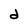
Character: d